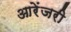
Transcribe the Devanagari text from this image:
आरेंजरी